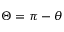
\Theta = \pi - \theta